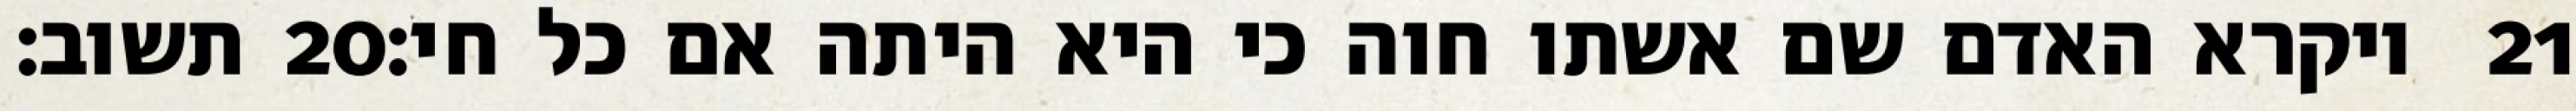
תשוב׃ ‎20‏ ויקרא האדם שם אשתו חוה כי היא היתה אם כל חי׃ ‎21‏